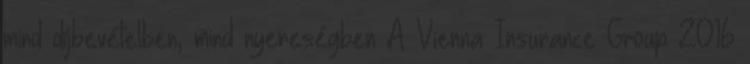
mind díjbevételben, mind nyereségben A Vienna Insurance Group 2016